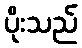
ပိုးသည်